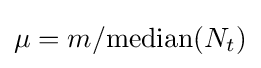
\mu =m/{\operatorname {median} (N_{t})}